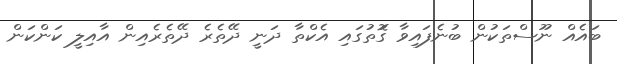
ބައެއް ނޫސްތަކުން ބުނެފައިވާ ގަޮތުގައި އެކްތާ ދަނީ ދޭތެރެ ދޭތެރެއިން އާއިލީ ކަންކަން